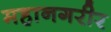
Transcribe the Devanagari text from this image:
महानगरीर